Scottish Leaving Certificate Examination, 1951
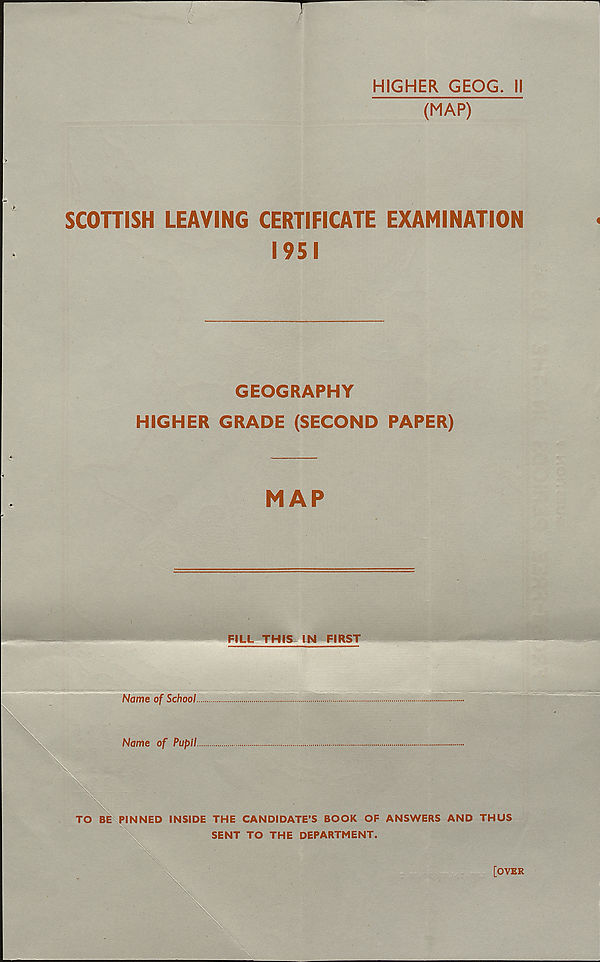
HIGHER GEOG. II
(MAP)
T
SCOTTISH LEAVING CERTIFICATE EXAMINATION
1951
GEOGRAPHY
HIGHER GRADE (SECOND PAPER)
MAP
FILL THIS IN FIRST
Name of School..
Name of Pupil..
PINNED INSIDE THE CANDIDATE’S BOOK OF ANSWERS AND THUS
SENT TO THE DEPARTMENT.
[OVER